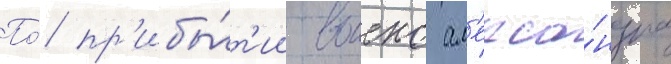
По́ пр'ибы́т'ии воиска ал'екса́ндра